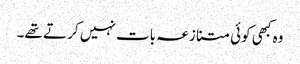
وہ کبھی کوئی متنازعہ بات نہیں کر تے تھے۔